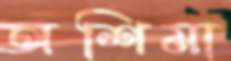
অশিমা